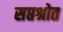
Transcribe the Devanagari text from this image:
सप्तश्रोत